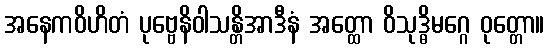
အနေကဝိဟိတံ ပုဗ္ဗေနိဝါသန္တိအာဒီနံ အတ္ထော ဝိသုဒ္ဓိမဂ္ဂေ ဝုတ္တော။